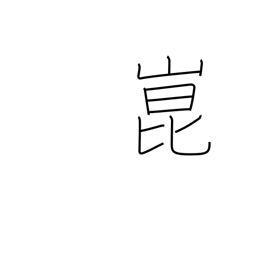
Meaning: place name